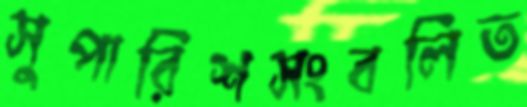
সুপারিশসংবলিত